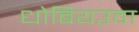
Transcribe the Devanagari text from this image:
धोबियउवा